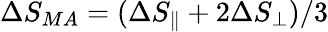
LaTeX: \Delta S_{MA}=(\Delta S_{\parallel}+2\Delta S_{\perp})/3